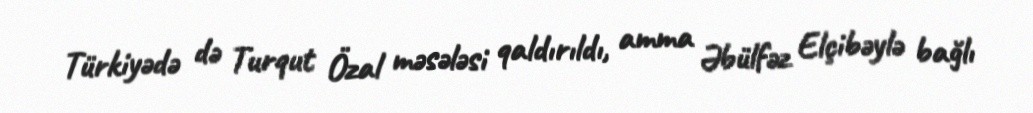
Türkiyədə də Turqut Özal məsələsi qaldırıldı, amma Əbülfəz Elçibəylə bağlı